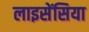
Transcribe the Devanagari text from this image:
लाइसेंसिया